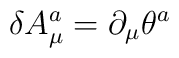
\delta A_{\mu }^{a}=\partial _{\mu }\theta ^{a}